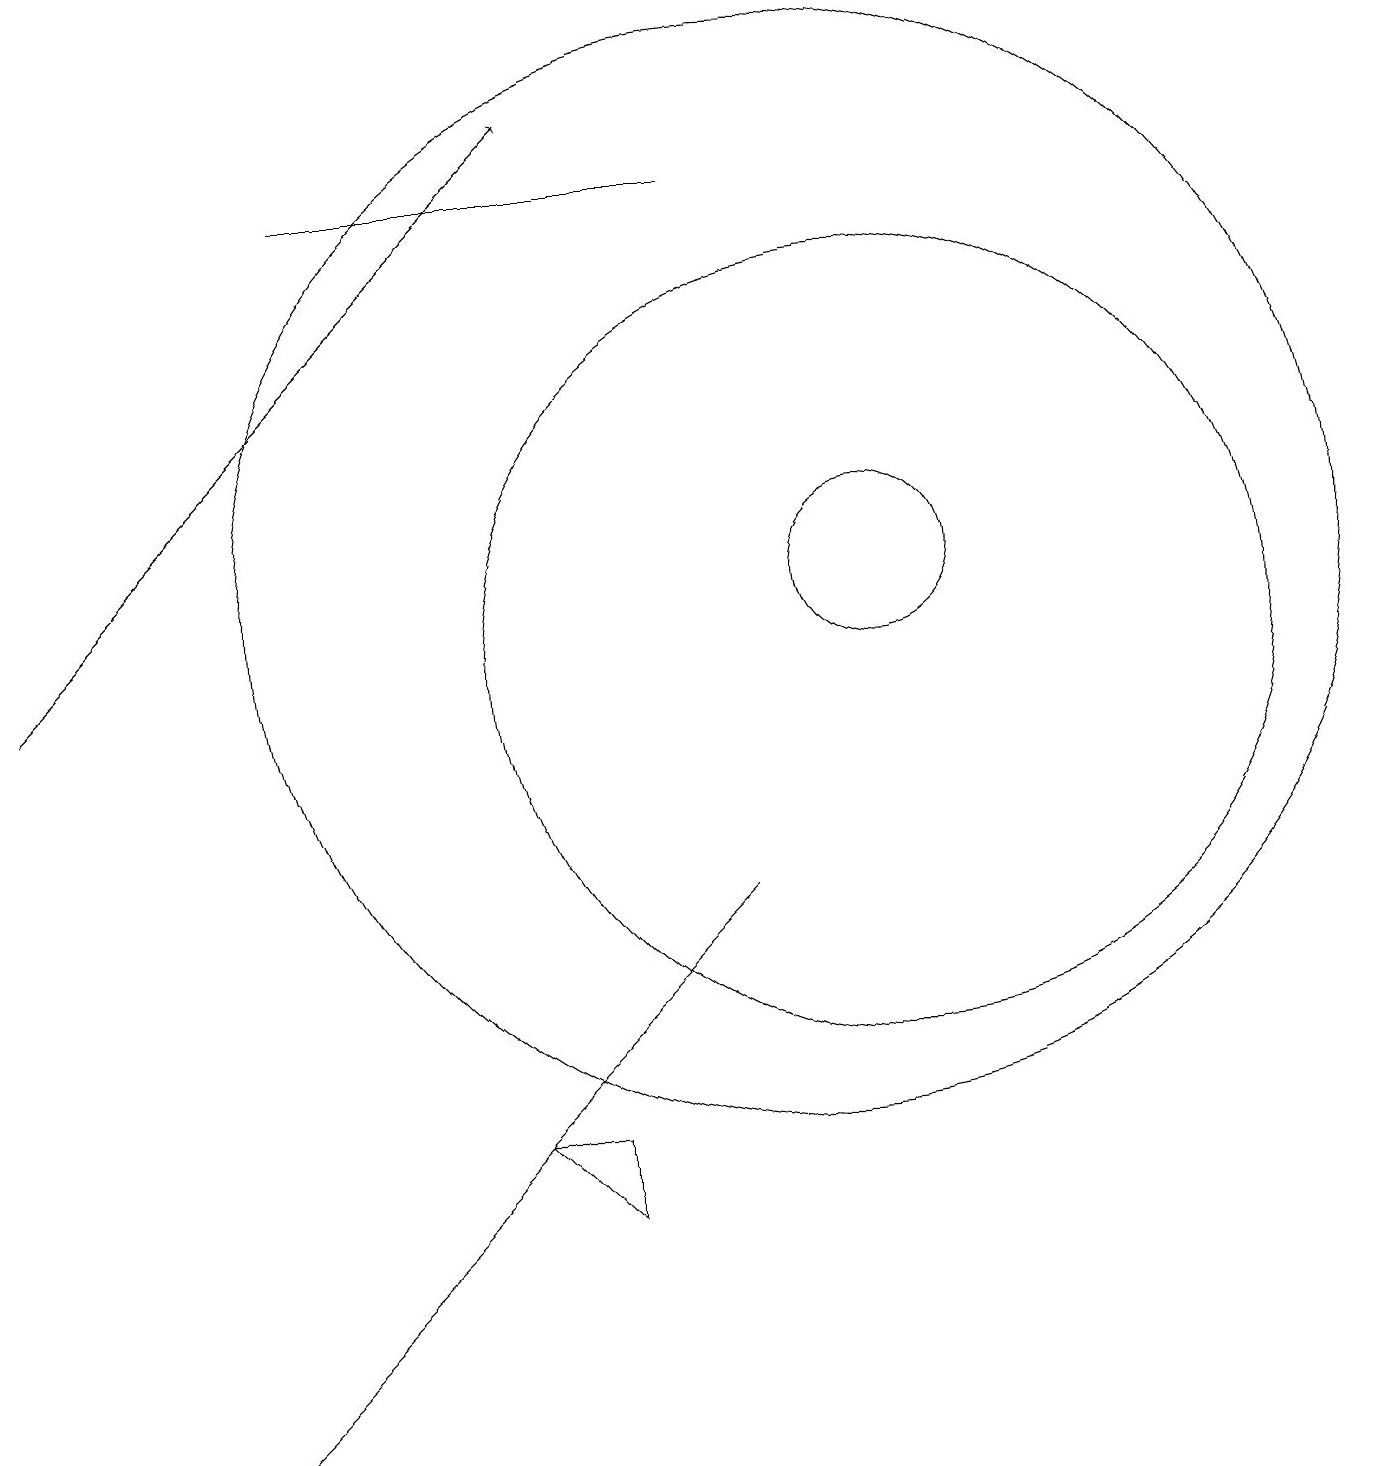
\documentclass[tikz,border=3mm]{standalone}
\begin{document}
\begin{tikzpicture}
\draw (7,4) -- (6,4) -- (7,3) -- cycle;
\draw (10,11) circle (7);
\draw (10,12) circle (0);
\draw (9,16) rectangle (4,16);
\draw (11,11) circle (1);
\draw[->] (0,10) -- (7,17);
\draw (7,5) -- (9,7) -- (2,0) -- cycle;
\draw (11,10) circle (5);
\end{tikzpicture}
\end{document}